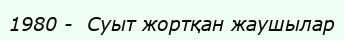
1980 -  Суыт жортқан жаушылар